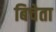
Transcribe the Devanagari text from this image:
बिचेता